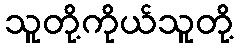
သူတို့ကိုယ်သူတို့